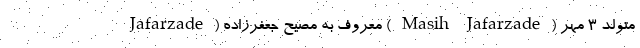
Jafarzade ) معروف به مصیح جعفرزاده ( Masih Jafarzade ) متولد 3 مهر